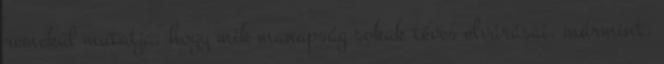
remekül mutatja, hogy mik manapság sokak téves elvárásai. mármint,